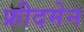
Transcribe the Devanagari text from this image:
फ्रीदमेन